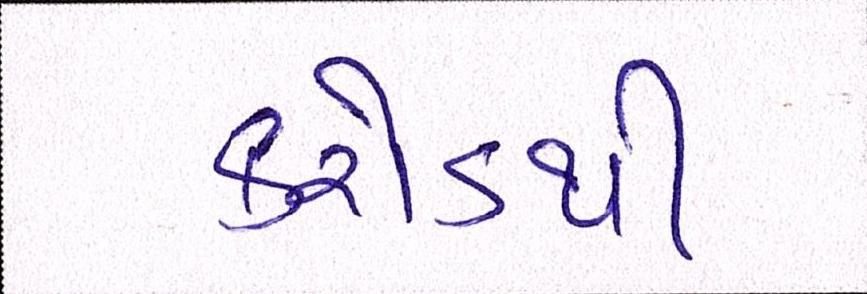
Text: કરોડથી